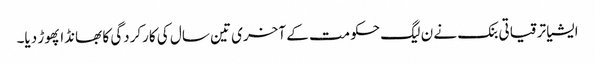
ایشیا ترقیاتی بنک نے ن لیگ حکومت کے آخری تین سال کی کارکردگی کا بھانڈا پھوڑ دیا۔